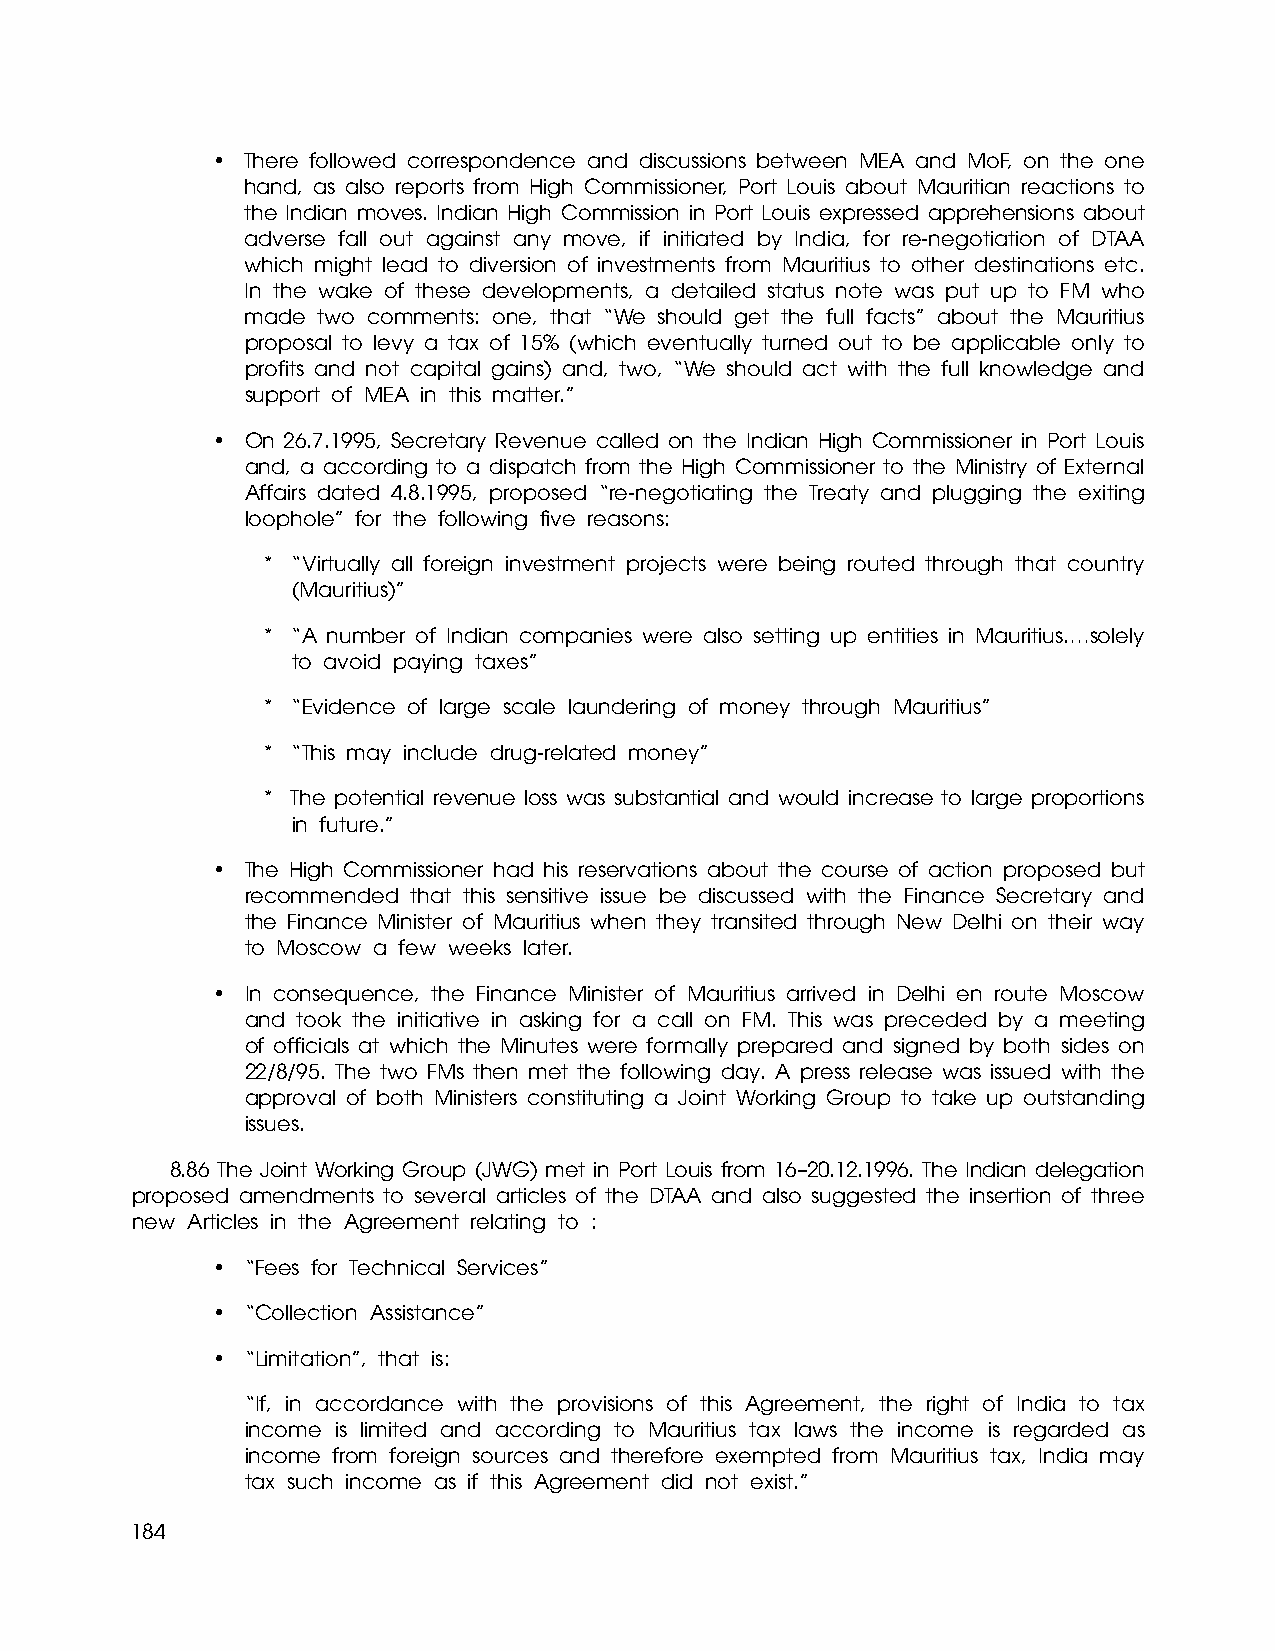
• There followed correspondence and discussions between MEA and MoF, on the one
 hand, as also reports from High Commissioner, Port Louis about Mauritian reactions to
 the Indian moves. Indian High Commission in Port Louis expressed apprehensions about
 adverse fall out against any move, if initiated by India, for re-negotiation of DTAA
 which might lead to diversion of investments from Mauritius to other destinations etc.
 In the wake of these developments, a detailed status note was put up to FM who
 made two comments: one, that “We should get the full facts” about the Mauritius
 proposal to levy a tax of 15% (which eventually turned out to be applicable only to
 profits and not capital gains) and, two, “We should act with the full knowledge and
 support of MEA in this matter.”
 • On 26.7.1995, Secretary Revenue called on the Indian High Commissioner in Port Louis
 and, a according to a dispatch from the High Commissioner to the Ministry of External
 Affairs dated 4.8.1995, proposed “re-negotiating the Treaty and plugging the exiting
 loophole” for the following five reasons:
 * “Virtually all foreign investment projects were being routed through that country
 (Mauritius)”
 * “A number of Indian companies were also setting up entities in Mauritius.…solely
 to avoid paying taxes”
 * “Evidence of large scale laundering of money through Mauritius”
 * “This may include drug-related money”
 * The potential revenue loss was substantial and would increase to large proportions
 in future.”
 • The High Commissioner had his reservations about the course of action proposed but
 recommended that this sensitive issue be discussed with the Finance Secretary and
 the Finance Minister of Mauritius when they transited through New Delhi on their way
 to Moscow a few weeks later.
 • In consequence, the Finance Minister of Mauritius arrived in Delhi en route Moscow
 and took the initiative in asking for a call on FM. This was preceded by a meeting
 of officials at which the Minutes were formally prepared and signed by both sides on
 22/8/95. The two FMs then met the following day. A press release was issued with the
 approval of both Ministers constituting a Joint Working Group to take up outstanding
 issues.
 8.86 The Joint Working Group (JWG) met in Port Louis from 16–20.12.1996. The Indian delegation
 proposed amendments to several articles of the DTAA and also suggested the insertion of three
 new Articles in the Agreement relating to :
 • “Fees for Technical Services”
 • “Collection Assistance”
 • “Limitation”, that is:
 “If, in accordance with the provisions of this Agreement, the right of India to tax
 income is limited and according to Mauritius tax laws the income is regarded as
 income from foreign sources and therefore exempted from Mauritius tax, India may
 tax such income as if this Agreement did not exist.”
 184